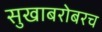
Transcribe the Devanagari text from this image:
सुखाबरोबरच